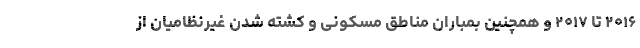
۲۰۱۶ تا ۲۰۱۷ و همچنین بمباران مناطق مسکونی و کشته شدن غیرنظامیان از